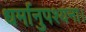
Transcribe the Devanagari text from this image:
धर्मानुपश्यना।